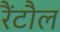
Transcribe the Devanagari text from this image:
रैंटौल